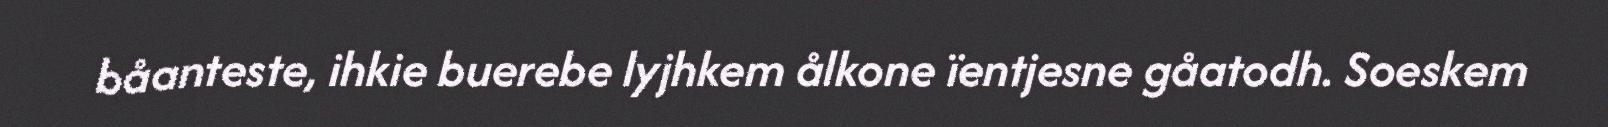
båanteste, ihkie buerebe lyjhkem ålkone ïentjesne gåatodh. Soeskem